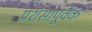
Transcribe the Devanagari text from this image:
प्रशंसापूर्वक